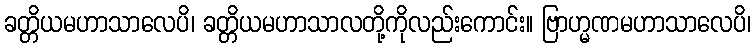
ခတ္တိယမဟာသာလေပိ၊ ခတ္တိယမဟာသာလတို့ကိုလည်းကောင်း။ ဗြာဟ္မဏမဟာသာလေပိ၊